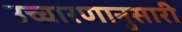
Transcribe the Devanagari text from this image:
उच्चारणानुसारी